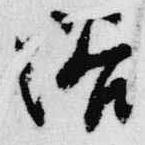
浴